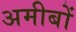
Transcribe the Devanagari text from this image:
अमीबों